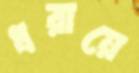
ধরায়ে